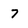
Character: 7